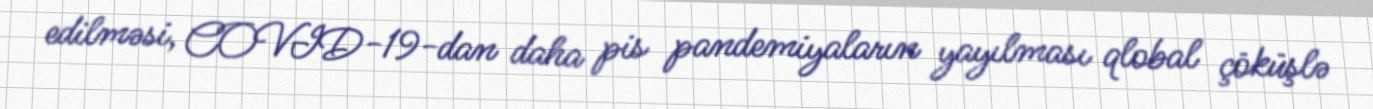
edilməsi, COVID-19-dan daha pis pandemiyaların yayılması qlobal çöküşlə